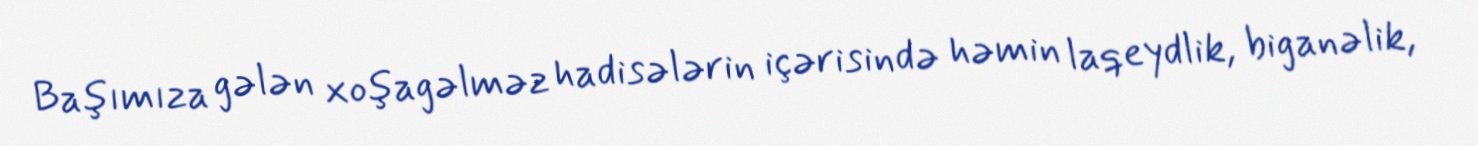
Başımıza gələn xoşagəlməz hadisələrin içərisində həmin laqeydlik, biganəlik,